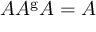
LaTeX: A A ^ { \mathrm { g } } A = A